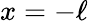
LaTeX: x=-\ell